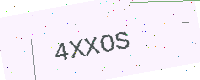
Text: 4XXOS